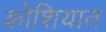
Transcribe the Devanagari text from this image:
क्रोशियात